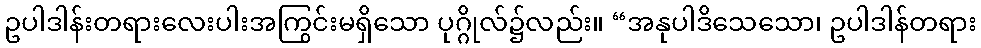
ဥပါဒါန်းတရားလေးပါးအကြွင်းမရှိသော ပုဂ္ဂိုလ်၌လည်း။ “အနုပါဒိသေသော၊ ဥပါဒါန်တရား